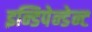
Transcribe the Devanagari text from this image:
इन्डिपेन्डेन्ट